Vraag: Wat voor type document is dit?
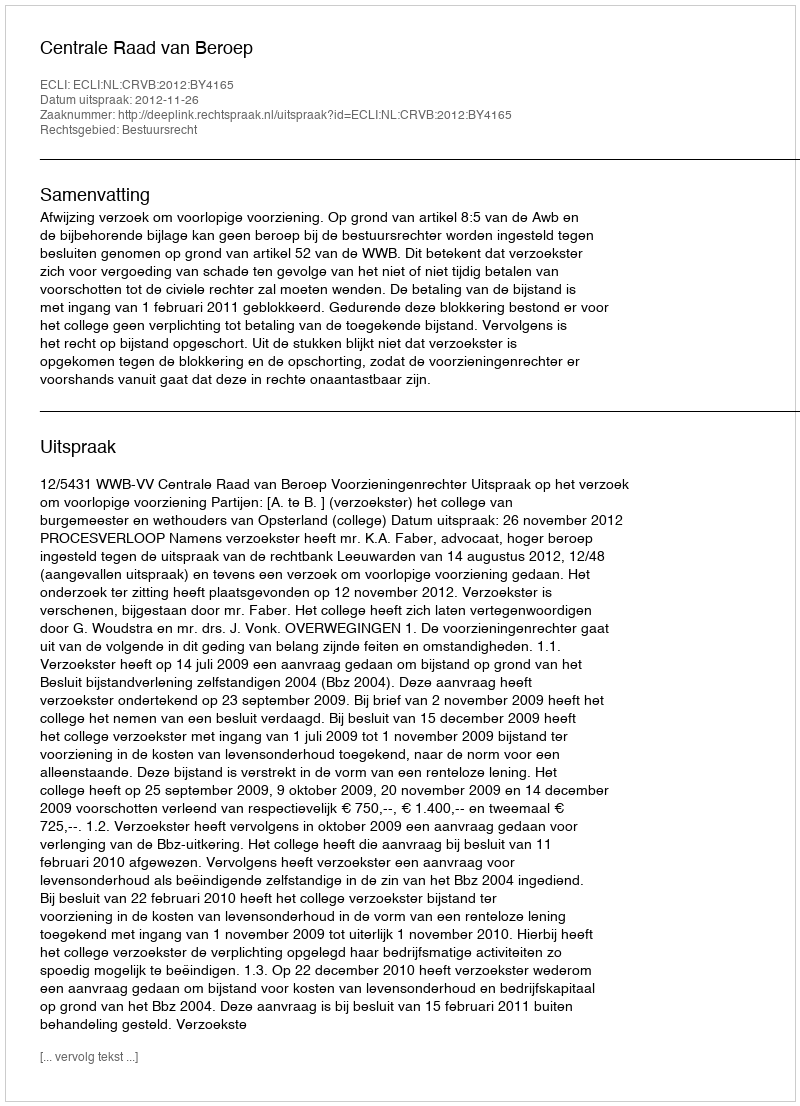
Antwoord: Uitspraak